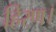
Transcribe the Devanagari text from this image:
हिरण।